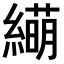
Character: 𫄁